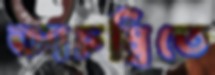
আচম্বিতে